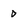
Character: 0